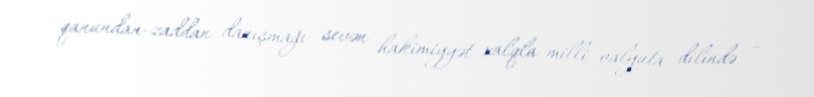
qanundan-zaddan danışmağı sevən hakimiyyət xalqla milli valyuta dilində -